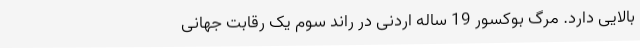
بالایی دارد. مرگ بوکسور 19 ساله اردنی در راند سوم یک رقابت‌ جهانی